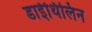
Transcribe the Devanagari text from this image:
डाईथिलिन